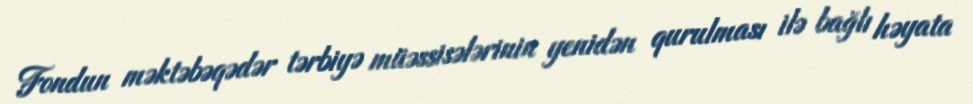
Fondun məktəbəqədər tərbiyə müəssisələrinin yenidən qurulması ilə bağlı həyata